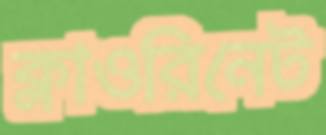
ক্লাওরিনেট